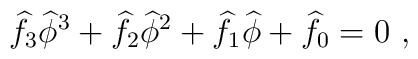
\widehat{f}_3\widehat{\phi}^3 +\widehat{f}_2\widehat{\phi}^2+\widehat{f}_1\widehat{\phi}+\widehat{f}_0 = 0 \ ,